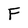
Character: F